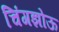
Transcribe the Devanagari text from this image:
चिंगझोऊ